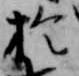
於